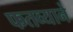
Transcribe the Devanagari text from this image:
फतव्याने